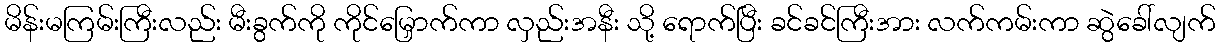
မိန်းမကြမ်းကြီးလည်း မီးခွက်ကို ကိုင်မြှောက်ကာ လှည်းအနီး သို့ ရောက်ပြီး ခင်ခင်ကြီးအား လက်ကမ်းကာ ဆွဲခေါ်လျက်